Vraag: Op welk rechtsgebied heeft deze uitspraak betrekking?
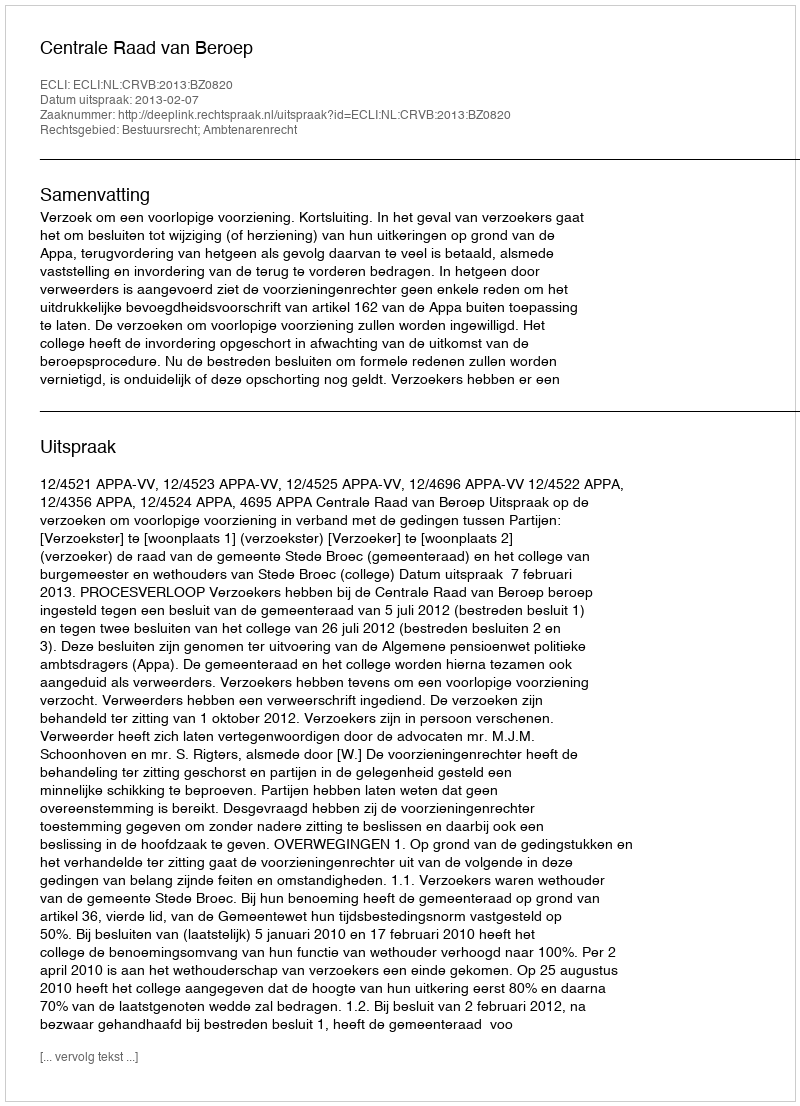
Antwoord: Bestuursrecht; Ambtenarenrecht